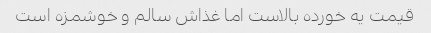
قیمت یه خورده بالاست اما غذاش سالم و خوشمزه است